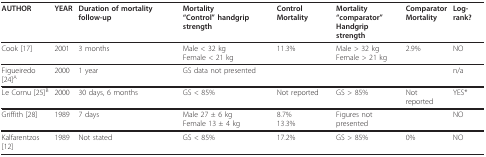
<table><thead><tr><td><b>AUTHOR</b></td><td><b>YEAR</b></td><td><b>Duration of mortality follow-up</b></td><td><b>Mortality&quot;Control&quot; handgrip strength</b></td><td><b>Control Mortality</b></td><td><b>Mortality&quot;comparator&quot;Handgrip strength</b></td><td><b>ComparatorMortality</b></td><td><b>Log-rank?</b></td></tr></thead><tbody><tr><td>Cook [17]</td><td>2001</td><td>3 months</td><td>Male &lt; 32 kgFemale &lt; 21 kg</td><td>11.3%</td><td>Male &gt; 32 kgFemale &gt; 21 kg</td><td>2.9%</td><td>NO</td></tr><tr><td>Figueiredo [24]<sup>A</sup></td><td>2000</td><td>1 year</td><td>GS data not presented</td><td></td><td></td><td></td><td>n/a</td></tr><tr><td>Le Cornu [25]<sup>B</sup></td><td>2000</td><td>30 days, 6 months</td><td>GS &lt; 85%</td><td>Not reported</td><td>GS &gt; 85%</td><td>Not reported</td><td>YES*</td></tr><tr><td>Griffith [28]</td><td>1989</td><td>7 days</td><td>Male 27 ± 6 kgFemale 13 ± 4 kg</td><td>8.7%13.3%</td><td>Figures not presented</td><td></td><td>NO</td></tr><tr><td>Kalfarentzos [12]</td><td>1989</td><td>Not stated</td><td>GS &lt; 85%</td><td>17.2%</td><td>GS &gt; 85%</td><td>0%</td><td>NO</td></tr></tbody></table>